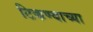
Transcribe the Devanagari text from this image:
टिकण्याच्या